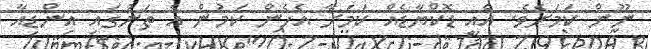
ނޫން ކަމަށެވެ. އެއީ ޑޮކްޔާޑެއް ކަމަށާ އެހެން ކަމުން އެ ތަނުގައި އިންޑިއާ